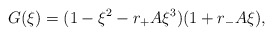
\begin{align*}G(\xi) = (1-\xi^2 - r_+ A \xi^3) (1+r_- A \xi),\end{align*}